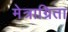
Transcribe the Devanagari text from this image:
मेत्राग्रिता